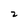
Character: 2